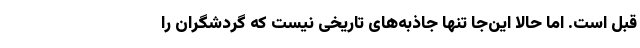
قبل است. اما حالا این‌جا تنها جاذبه‌های تاریخی نیست که گردشگران را